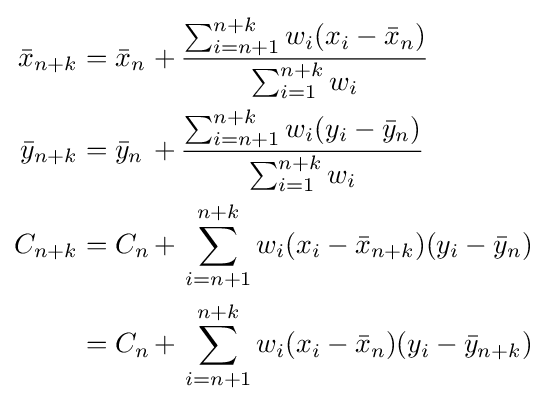
{\begin{alignedat}{2}{\bar {x}}_{n+k}&={\bar {x}}_{n}&\,+\,&{\frac {\sum _{i=n+1}^{n+k}w_{i}(x_{i}-{\bar {x}}_{n})}{\sum _{i=1}^{n+k}w_{i}}}\\{\bar {y}}_{n+k}&={\bar {y}}_{n}&\,+\,&{\frac {\sum _{i=n+1}^{n+k}w_{i}(y_{i}-{\bar {y}}_{n})}{\sum _{i=1}^{n+k}w_{i}}}\\C_{n+k}&=C_{n}&\,+\,&\sum _{i=n+1}^{n+k}w_{i}(x_{i}-{\bar {x}}_{n+k})(y_{i}-{\bar {y}}_{n})\\&=C_{n}&\,+\,&\sum _{i=n+1}^{n+k}w_{i}(x_{i}-{\bar {x}}_{n})(y_{i}-{\bar {y}}_{n+k})\\\end{alignedat}}